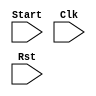
module Tim(Start,Clk,Rst);
  input Clk,Rst,Start;
  wire [15:0] Q;
  reg [15:0] LFSR;
  wire feedback = LFSR[15];

  always @(posedge Clk)
  begin
    if(Rst==0)
     begin
    LFSR = 16'b 1111111111111111;
     end
    else
     begin
    LFSR[0] <= feedback;
    LFSR[1] <= LFSR[0];
    LFSR[2] <= LFSR[1] ^ feedback;
    LFSR[3] <= LFSR[2] ^ feedback;
    LFSR[4] <= LFSR[3];
    LFSR[5] <= LFSR[4] ^ feedback;
    LFSR[6] <= LFSR[5];
    LFSR[7] <= LFSR[6];
    LFSR[8] <= LFSR[7];
    LFSR[9] <= LFSR[8];
    LFSR[10] <= LFSR[9];
    LFSR[11] <= LFSR[10];
    LFSR[12] <= LFSR[11];
    LFSR[13] <= LFSR[12];
    LFSR[14] <= LFSR[13];
    LFSR[15] <= LFSR[14];
     end
  end
  assign Q = LFSR;
endmodule